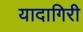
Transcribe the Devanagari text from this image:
यादागिरी